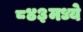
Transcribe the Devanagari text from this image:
८४३मध्ये